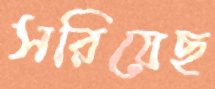
সরিয়েছ